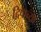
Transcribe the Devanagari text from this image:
द्विपाच्या